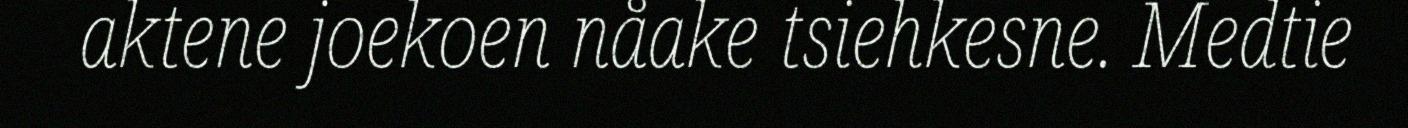
aktene joekoen nåake tsiehkesne. Medtie